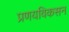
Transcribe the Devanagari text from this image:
प्रणयविकसन